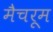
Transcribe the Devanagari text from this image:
मैचरूम